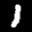
Label: 1